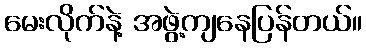
မေးလိုက်နဲ့ အဖွဲ့ကျနေပြန်တယ်။